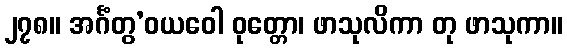
၂၇၈။ အင်္ဂံတွ’ဝယဝေါ ဝုတ္တော၊ ဖာသုလိကာ တု ဖာသုကာ။